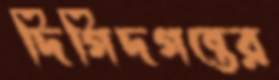
দিগিদগন্তের